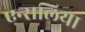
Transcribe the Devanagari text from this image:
एन्सलिया